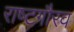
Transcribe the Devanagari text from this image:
राष्‍टगौरव